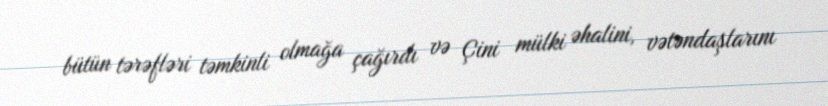
bütün tərəfləri təmkinli olmağa çağırdı və Çini mülki əhalini, vətəndaşlarını